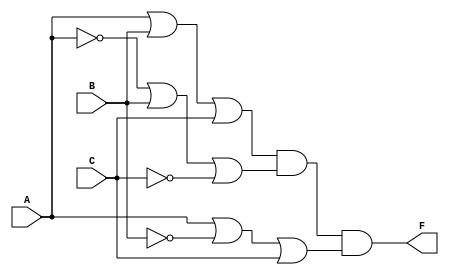
module pos_simplification (
    input wire A,
    input wire B,
    input wire C,
    output wire F
);

// Intermediate signals for the sum terms
wire sum1, sum2, sum3;

// Sum term 1: (A + B + C)
assign sum1 = A | B | C;

// Sum term 2: (A' + B + C')
assign sum2 = ~A | B | ~C;

// Sum term 3: (A + B' + C)
assign sum3 = A | ~B | C;

// Final output: F = sum1 & sum2 & sum3
assign F = sum1 & sum2 & sum3;

endmodule